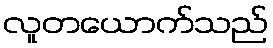
လူတယောက်သည်